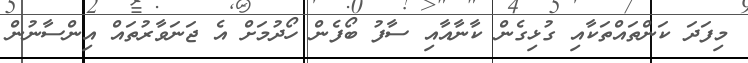
މިފަދަ ކަންތައްތަކާއި ގުޅިގެން ކާނާއާއި ސާފު ބޯފެން ހޯދުމަށް އެ ޖަނަވާރުތައް އިންސާނުން